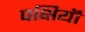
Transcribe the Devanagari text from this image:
पक्षियॊं